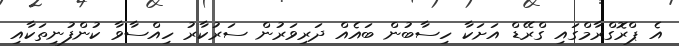
އެ ޕްރޮގްރާމްގައި ގްރޭޑް އަށަކާ ހިސާބުން ބައެއް ދަރިވަރުން ސަރުކާރު ހިއްސާވާ ކުންފުނިތަކާއި